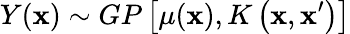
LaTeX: Y(\mathbf{x})\sim GP\left[\mu(\mathbf{x}),K\left(\mathbf{x},\mathbf{x}^{\prime}\right)\right]